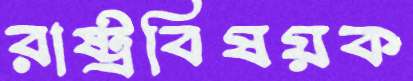
রাষ্ট্রবিষয়ক